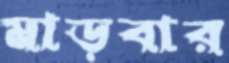
মাড়বার